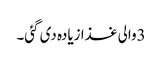
3والی غذا زیادہ دی گئی۔